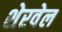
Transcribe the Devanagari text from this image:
शेरवेल